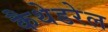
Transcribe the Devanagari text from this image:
कैथेडरेल